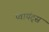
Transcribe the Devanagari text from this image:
प्वायंट्स